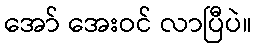
အော် အေးဝင် လာပြီပဲ။